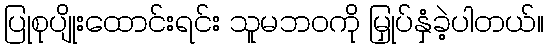
ပြုစုပျိုးထောင်းရင်း သူမဘဝကို မြှုပ်နှံခဲ့ပါတယ်။